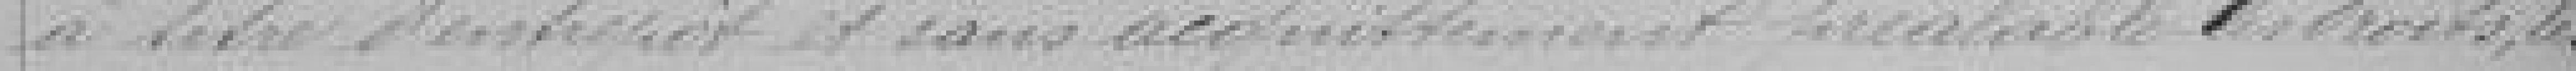
à titre d'entrepôt et sans acquittement préalable de droits, les